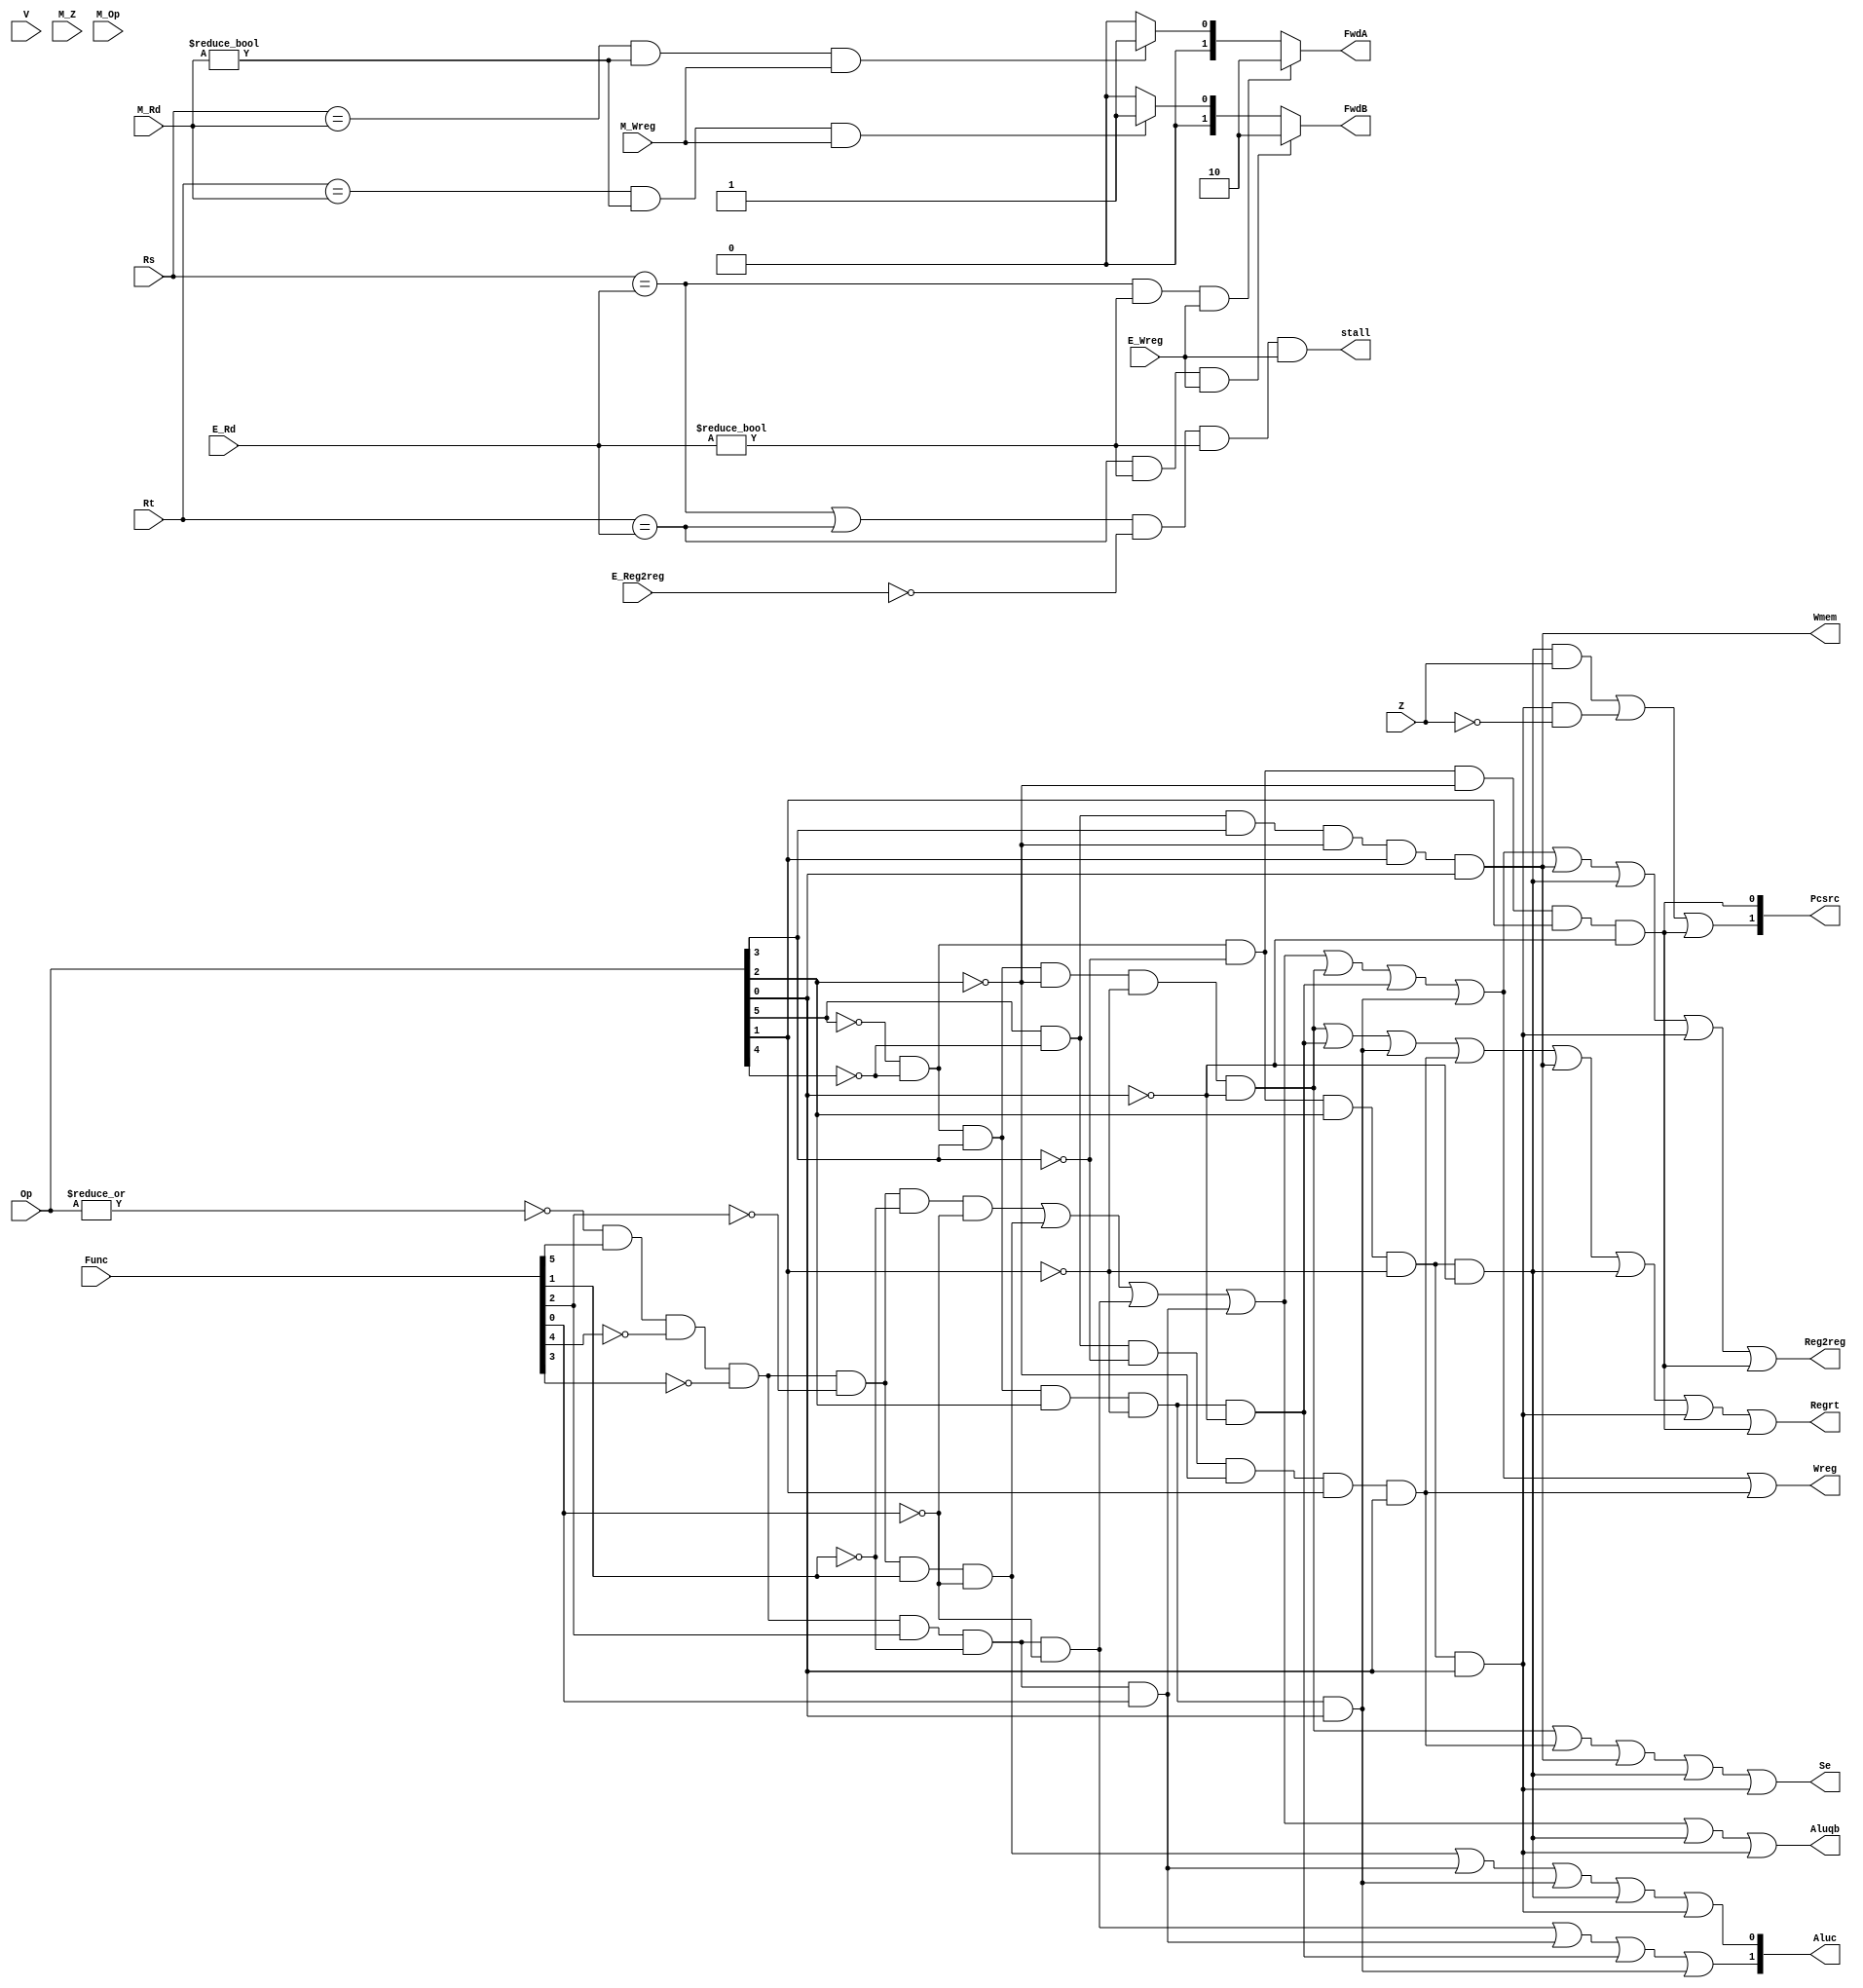
`timescale 1ns / 1ps
//////////////////////////////////////////////////////////////////////////////////
// Company: 
// Engineer: 
// 
// Design Name: 
// Module Name: CONUNIT
// Project Name: 
// Target Devices: 
// Tool Versions: 
// Description: 
// 
// Dependencies: 
// 
// Revision:
// Revision 0.01 - File Created
// Additional Comments:
// 
//////////////////////////////////////////////////////////////////////////////////


module CONUNIT(Op, Func, Z, Regrt, Se, Wreg, Aluqb, Aluc, Wmem, Pcsrc, Reg2reg, V, M_Z, M_Op,E_Rd,M_Rd,E_Wreg,M_Wreg,Rs,Rt,FwdA,FwdB,E_Reg2reg,stall);
    input [5:0] Op, Func,M_Op;
    input Z, V, M_Z;
    output Regrt, Se, Wreg, Aluqb, Wmem, Reg2reg;
    output [1:0] Pcsrc, Aluc;
    input E_Wreg,M_Wreg;
    input [4:0] E_Rd,M_Rd,Rs,Rt;
    output reg [1:0] FwdA,FwdB;
    input E_Reg2reg;
    output stall;
    wire R_type = ~|Op;
    wire I_add = R_type & Func[5] & ~Func[4] & ~Func[3] & ~Func[2] & ~Func[1] & ~Func[0];
    wire I_sub = R_type & Func[5] & ~Func[4] & ~Func[3] & ~Func[2] & Func[1] & ~Func[0];
    wire I_and = R_type & Func[5] & ~Func[4] & ~Func[3] & Func[2] & ~Func[1] & ~Func[0];
    wire I_or =  R_type & Func[5] & ~Func[4] & ~Func[3] & Func[2] & ~Func[1] & Func[0];
    wire I_addi = ~Op[5] & ~Op[4] & Op[3] & ~Op[2] & ~Op[1] & ~Op[0];
    wire I_andi = ~Op[5] & ~Op[4] & Op[3] & Op[2] & ~Op[1] & ~Op[0];
    wire I_ori = ~Op[5] & ~Op[4] & Op[3] & Op[2] & ~Op[1] & Op[0];
    wire I_lw = Op[5] & ~Op[4] & ~Op[3] & ~Op[2] & Op[1] & Op[0];
    wire I_sw = Op[5] & ~Op[4] & Op[3] & ~Op[2] & Op[1] & Op[0];
    wire I_beq = ~Op[5] & ~Op[4] & ~Op[3] & Op[2] & ~Op[1] & ~Op[0];
    wire I_bne = ~Op[5] & ~Op[4] & ~Op[3] & Op[2] & ~Op[1] & Op[0];
    wire I_J = ~Op[5] & ~Op[4] & ~Op[3] & ~Op[2] & Op[1] & ~Op[0];
    
    assign Regrt = I_addi | I_andi | I_ori | I_lw | I_sw | I_beq | I_bne | I_J;
    assign Se = I_addi | I_lw | I_sw | I_beq | I_bne;
    assign Wreg = I_add | I_sub | I_and | I_or | I_addi | I_andi | I_ori | I_lw;
    assign Aluqb = I_add | I_sub | I_and | I_or | I_beq | I_bne;
    assign Aluc[1] = I_and | I_or | I_andi | I_ori;
    assign Aluc[0] = I_sub | I_or | I_ori | I_beq | I_bne;
    assign Wmem = I_sw;
    assign Pcsrc[1] = (I_beq & Z) | (I_bne & ~Z) | I_J;
    assign Pcsrc[0] = I_J;
    assign Reg2reg = I_add | I_sub | I_and | I_or | I_addi | I_andi | I_ori | I_sw | I_beq | I_bne | I_J; 
   
    always @(E_Rd,M_Rd,E_Wreg,M_Wreg,Rs,Rt,Op,Func)begin
            FwdA <= 2'b00;//
            if((Rs == E_Rd)&(E_Rd!=0)&(E_Wreg==1))begin
                    FwdA <= 2'b10;//EX
                end
                else 
                begin
                    if((Rs == M_Rd)&(M_Rd != 0)&(M_Wreg == 1)) begin
                        FwdA <= 2'b01;//MEM
                    end
                end
            FwdB <= 2'b00;//
            if((Rt == E_Rd)&(E_Rd!=0)&(E_Wreg==1))begin
                    FwdB <= 2'b10;
            end else begin
            if((Rt == M_Rd)&(M_Rd != 0)&(M_Wreg == 1)) begin
                FwdB <= 2'b01;
            end
        end
       end
       assign stall = ((Rs == E_Rd)|(Rt == E_Rd))&(E_Reg2reg == 0)&(E_Rd!= 0)&(E_Wreg==1);
endmodule

module CONUNIT_TEST;
    reg [5:0] Op, Func;
    reg Z;
    wire Regrt, Se, Wreg, Aluqb, Wmem, Reg2reg;
    wire [1:0] Pcsrc, Aluc;
    CONUNIT CONUNIT_test(.Op(Op), .Func(Func), .Z(Z), .Regrt(Regrt), .Se(Se), .Wreg(Wreg), .Aluqb(Aluqb), .Aluc(Aluc), .Wmem(Wmem), .Pcsrc(Pcsrc), .Reg2reg(Reg2reg));
    initial begin;
        Op = 'b000000;
        Func = 'b100000;
        
        #20;
        
        Op = 'b000000;
        Func = 'b100010;
        
        #20;
        
        Op = 'b000000;
        Func = 'b100100;
        
        #20;
        
        Op = 'b000000;
        Func = 'b100101;
        
        #20;
        
        Op = 'b001000;
        
        #20;
        
        Op = 'b001000;
        
        #20;
        
        Op = 'b001100;
        
        #20;
        
        Op = 'b001101;
        
        #20;
        
        Op = 'b100011;
        
        #20;
        
        Op = 'b101011;
        
        #20;
        
        Op = 'b000100;
        Z = 0;
        
        #20;
        
        Op = 'b000100;
        Z = 1;
    end
endmodule